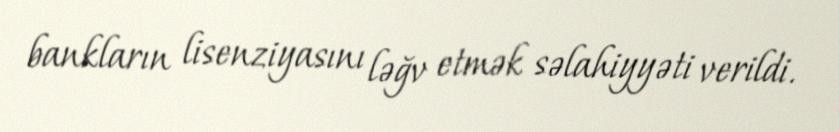
bankların lisenziyasını ləğv etmək səlahiyyəti verildi.